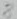
Text: 8